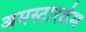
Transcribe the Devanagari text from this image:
अमस्टारडेम